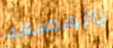
بالمصعد